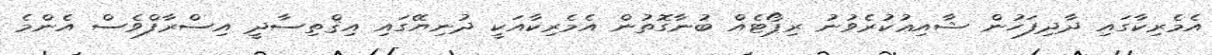
އެމެރިކާގައި ދާދިފަހުން ޝާއިޢުކުރެވުނު ރިޕޯޓެއް ބުނާގޮތުން އެމެރިކާއަކީ ދުނިޔޭގައި އިޤްތިސާދީ އިސްރާފްވެސް އެންމެ